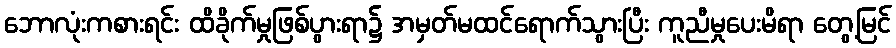
ဘောလုံးကစားရင်း ထိခိုက်မှုဖြစ်ပွားရာ၌ အမှတ်မထင်ရောက်သွားပြီး ကူညီမှုပေးမိရာ တွေ့မြင်